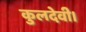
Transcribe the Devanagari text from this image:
कुलदेवी।